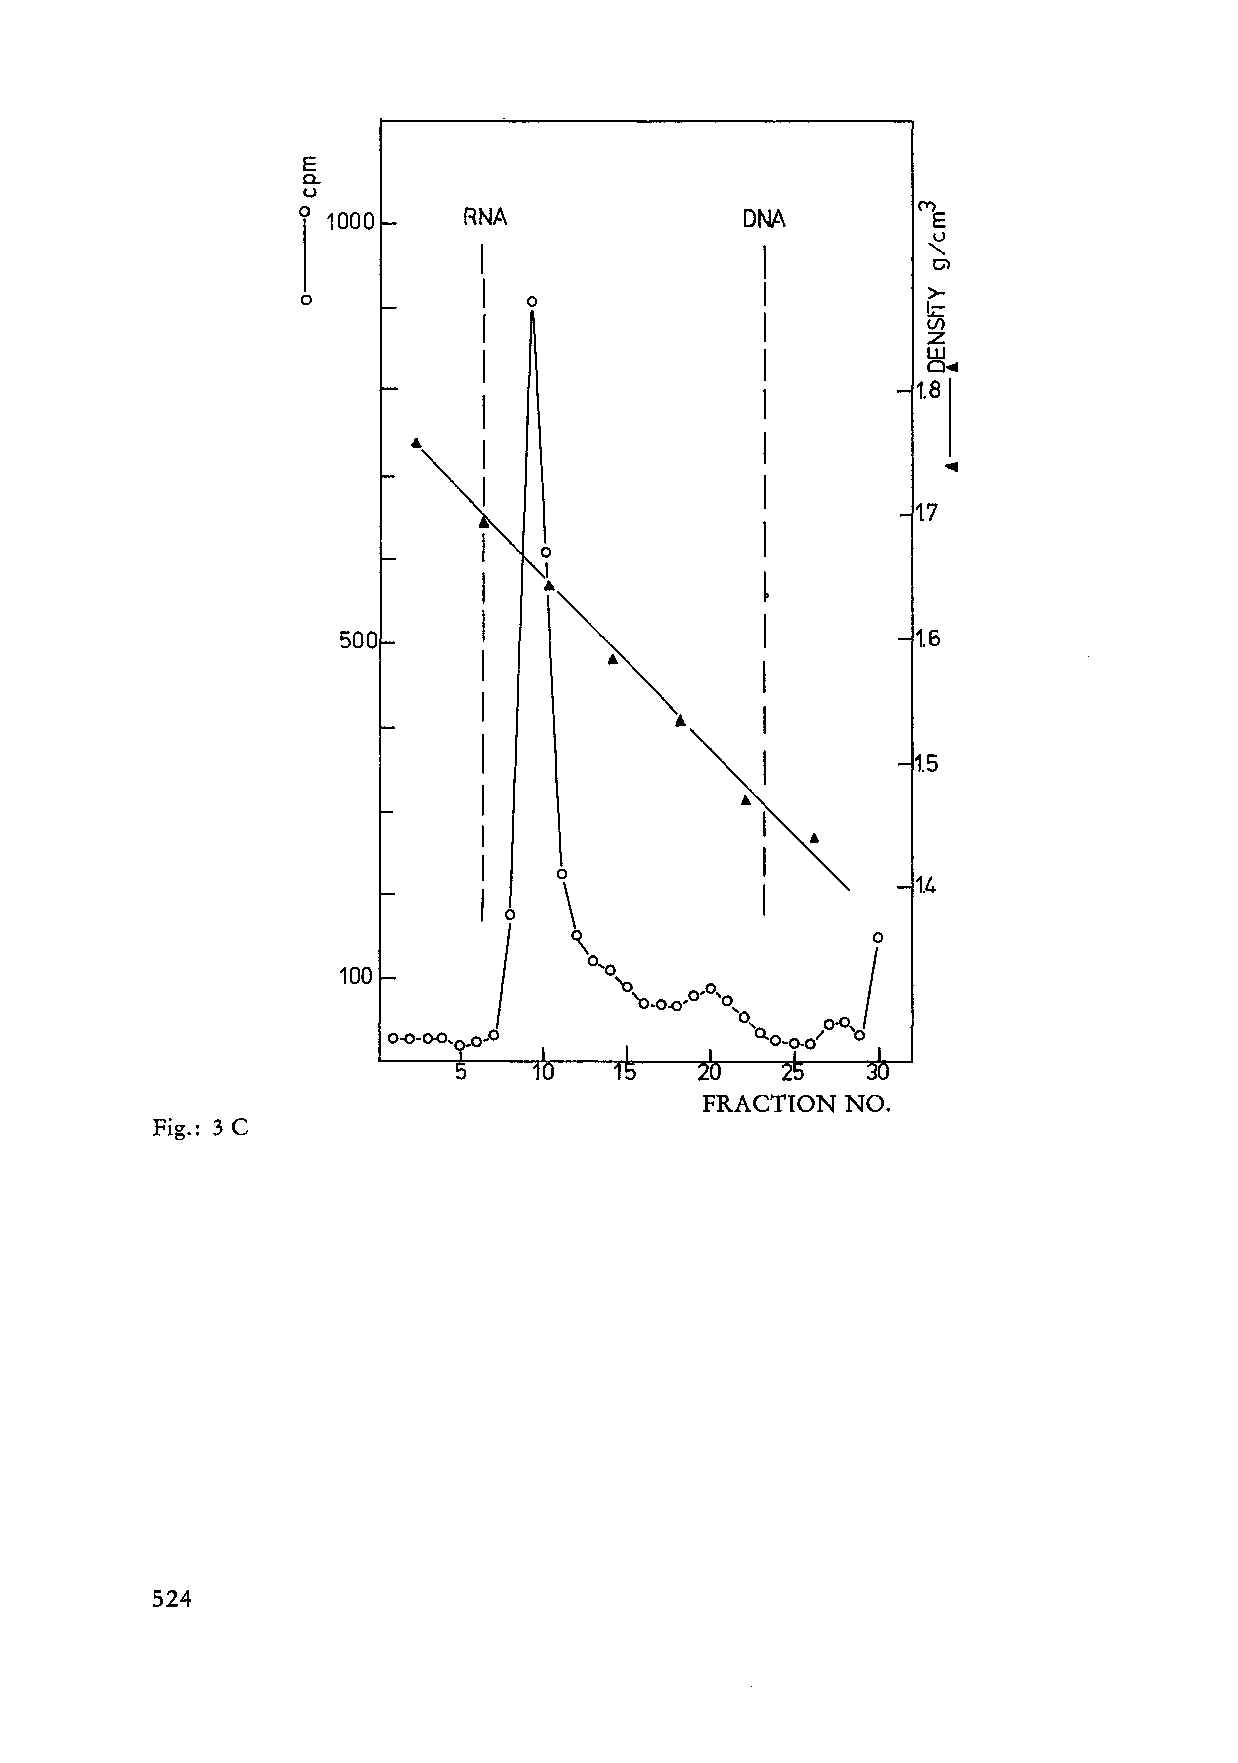
E
 a.
 0
 o 1000     RNA               DNA         ('Y) E
 u
 I          "-
 Ci)
 I          >-
 0              0                          1-
 I          (z~/)
 I          UJ
 0...
 1.8
 I
 I
 ~
 I
 17
 I
 I
 0
 I
 .I..
 ~
 I                  I
 500           ~                       1.6
 I
 I
 I
 I
 "
 I
 I         1.5
 I                ...
 I
 A
 I
 0
 I     \                      1.4
 0
 I    ~                   0
 100
 ""' 0'0_0. ,0,0'0, ;I
 0
 0,    0.0
 0-0-00'0_0,0            o.o~o_o/ 'd
 FRACTION NO.
 Fig.: 3 C
 524